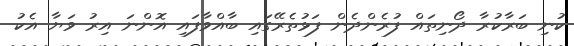
ކުނި ބަރާކުރާ ދޯނިތައް ފުރެންދެން ފަޅުތެރޭގައި ބާއްވާފައި އޮންނަ އިރު ވަޔާ އެކު